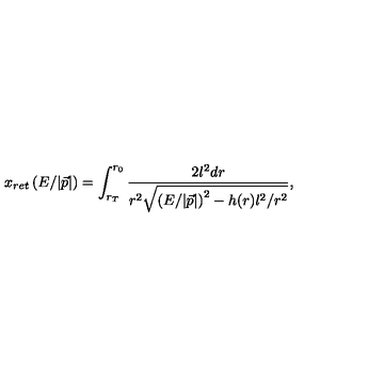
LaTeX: x _ { r e t } \left( E / | \vec { p } | \right) = \int _ { r _ { T } } ^ { r _ { 0 } } \frac { 2 l ^ { 2 } d r } { r ^ { 2 } \sqrt { \left( E / | \vec { p } | \right) ^ { 2 } - h ( r ) l ^ { 2 } / r ^ { 2 } } } ,